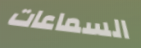
السماعات